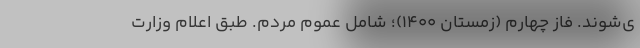
ی‌شوند. فاز چهارم (زمستان ۱۴۰۰)؛ شامل عموم مردم. طبق اعلام وزارت